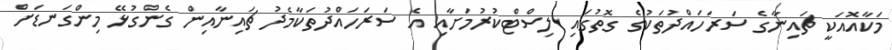
މަކާއޮއަކީ ޗައިނާގެ ސަރަހައްދުތަކުގެ ގޮތުގައި ލިސްޓްކުރުމަށާއި އެ ސަރަހައްދުތަކާމެދު ޗައިނާއިން ގެންގުޅޭ މިންގަނޑަށް